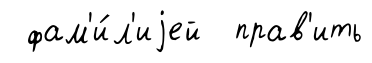
фам'и́л'иjей прав'ить